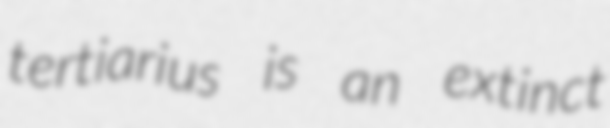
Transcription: tertiarius is an extinct